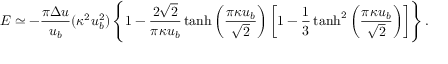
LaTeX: { \cal E } \simeq - \frac { \pi \Delta u } { u _ { b } } ( \kappa ^ { 2 } u _ { b } ^ { 2 } ) \left\{ 1 - \frac { 2 \sqrt { 2 } } { \pi \kappa u _ { b } } \operatorname { t a n h } \left( \frac { \pi \kappa u _ { b } } { \sqrt { 2 } } \right) \left[ 1 - \frac { 1 } { 3 } \operatorname { t a n h } ^ { 2 } \left( \frac { \pi \kappa u _ { b } } { \sqrt { 2 } } \right) \right] \right\} .